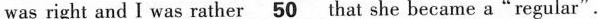
was right and I was rather \underline50 that she became a"regular".